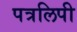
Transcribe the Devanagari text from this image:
पत्रलिपी